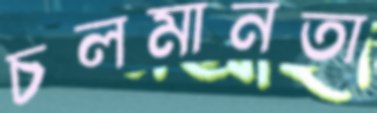
চলমানতা